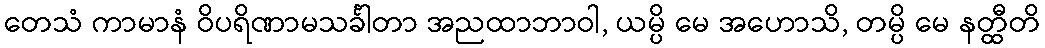
တေသံ ကာမာနံ ဝိပရိဏာမသင်္ခါတာ အညထာဘာဝါ, ယမ္ပိ မေ အဟောသိ, တမ္ပိ မေ နတ္ထီတိ